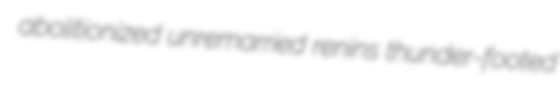
abolitionized unremarried renins thunder-footed